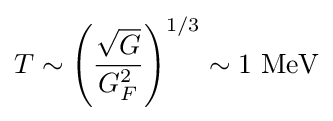
T\sim \left({\frac {\sqrt {G}}{G_{F}^{2}}}\right)^{1/3}\sim 1~{\textrm {MeV}}